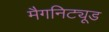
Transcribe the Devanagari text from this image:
मैगनिट्यूड